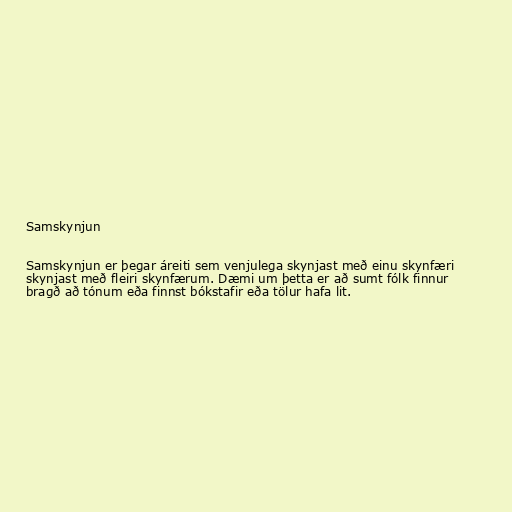
Samskynjun

Samskynjun er þegar áreiti sem venjulega skynjast með einu skynfæri
skynjast með fleiri skynfærum. Dæmi um þetta er að sumt fólk finnur
bragð að tónum eða finnst bókstafir eða tölur hafa lit.